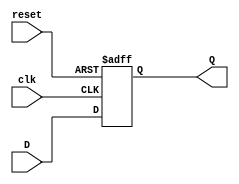

module flip_flop(clk, reset, D, Q);
  input clk, reset, D;
  output Q;
  reg Q;
  
  
  always @(posedge clk or posedge reset)
  begin
    if(reset)
      Q <= 1'b0;
    else
      Q <= D;
    end
  endmodule